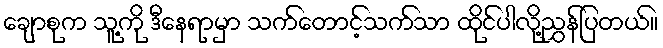
ချောစုက သူ့ကို ဒီနေရာမှာ သက်တောင့်သက်သာ ထိုင်ပါလို့ညွှန်ပြတယ်။